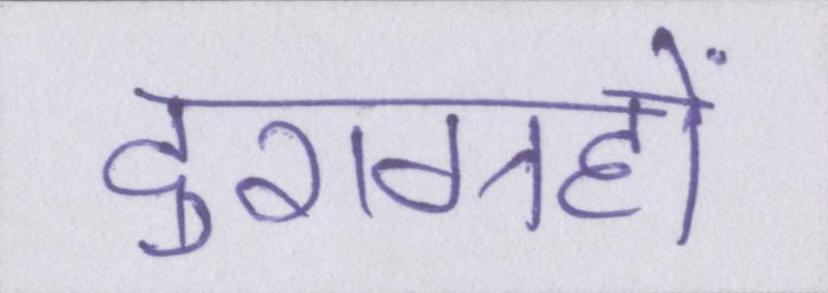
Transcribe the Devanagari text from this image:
दुराग्रहों